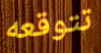
تتوقعه